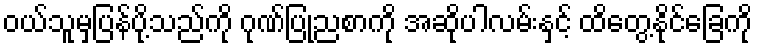
ဝယ်သူမှပြန်ပို့သည်ကို ဂုဏ်ပြုညစာကို အဆိုပါလမ်းနှင့် ထိတွေ့နိုင်ခြေကို